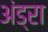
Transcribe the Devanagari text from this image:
अंड्रा